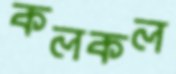
কলকল